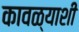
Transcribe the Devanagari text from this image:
कावळ्याशी